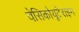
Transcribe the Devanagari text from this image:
वेसिकोयूटेराइन